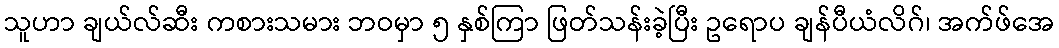
သူဟာ ချယ်လ်ဆီး ကစားသမား ဘဝမှာ ၅ နှစ်ကြာ ဖြတ်သန်းခဲ့ပြီး ဥရောပ ချန်ပီယံလိဂ်၊ အက်ဖ်အေ